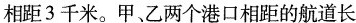
相距3千米。甲、乙两个港口相距的航道长